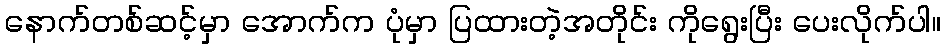
နောက်တစ်ဆင့်မှာ အောက်က ပုံမှာ ပြထားတဲ့အတိုင်း ကိုရွေးပြီး ပေးလိုက်ပါ။